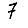
Digit: 7